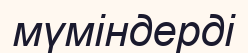
мүміндерді